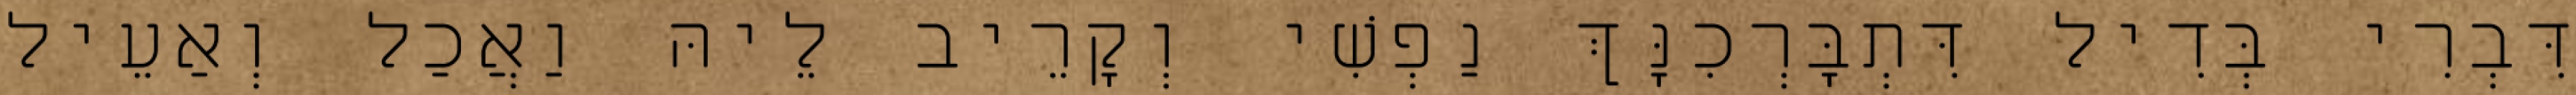
דִּבְרִי בְּדִיל דִּתְבָּרְכִנָּךְ נַפְשִׁי וְקָרֵיב לֵיהּ וַאֲכַל וְאַעֵיל